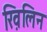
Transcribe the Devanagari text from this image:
ख़िलिन